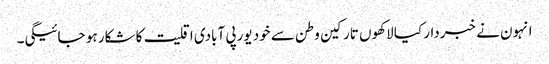
انہون نے خبردار کیا لاکھوں تارکین وطن سے خود یورپی آبادی اقلیت کا شکار ہو جائیگی۔